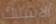
الاسلاك